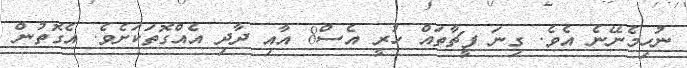
ނުހިމެނޭނެ އެވެ. ގިނަ ފީޗާތައް ހުރީ އެސް8 އާއި ދާދި އެއްގޮތަކަށެވެ. އެގޮތުން